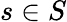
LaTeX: s\in S